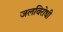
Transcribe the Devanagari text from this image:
जलविरोधी